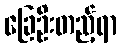
ခြေဦးတည့်ရာ